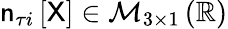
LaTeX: \mathsf{n}_{\tau i}\left[\mathsf{X}\right]\in\mathcal{M}_{3\times 1}\left(\mathbb{R}\right)